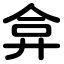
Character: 弇